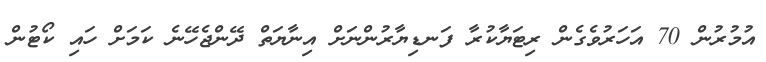
އުމުރުން 70 އަހަރުވެގެން ރިޓަޔާކުރާ ފަނޑިޔާރުންނަށް އިނާޔަތް ދޭންޖެހޭނެ ކަމަށް ހައި ކޯޓުން